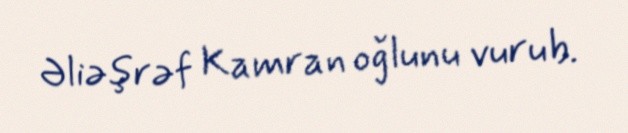
Əliəşrəf Kamran oğlunu vurub.